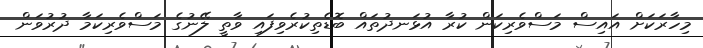
މިހާރަކަށް އައިސް މަސްވެރިކަން ކުރާ އުޅަނދުތައް ބޮޑެތިކުރެވިފައި ވާތީ ލޭނުގެ މަސްވެރިކަމާ ދުރުވަން